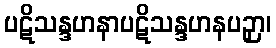
ပဋိသန္ဒဟနာပဋိသန္ဒဟနပဉှာ၊